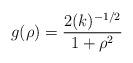
LaTeX: \begin{align*}g(\rho) = \frac{2(k)^{-1/2}}{1 + {\rho}^{2}}\end{align*}